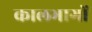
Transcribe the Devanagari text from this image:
कालभागों